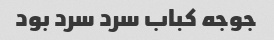
جوجه کباب سرد سرد بود